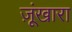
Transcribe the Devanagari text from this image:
ज़ूंखारा